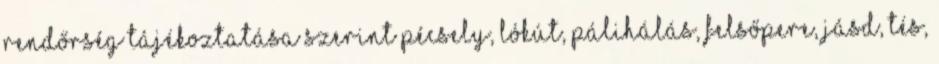
rendőrség tájékoztatása szerint Pécsely, Lókút, Pálihálás, Felsőpere, Jásd, Tés,